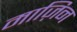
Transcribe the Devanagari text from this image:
माज़िन